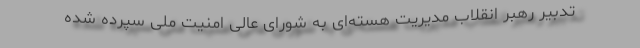
تدبیر رهبر انقلاب مدیریت هسته‌ای به شورای عالی امنیت ملی سپرده شده